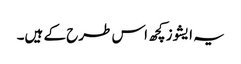
یہ ایشوز کچھ اس طرح کے ہیں۔